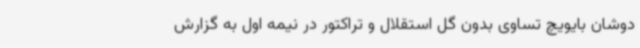
دوشان بایویچ تساوی بدون گل استقلال و تراکتور در نیمه اول به گزارش